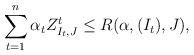
LaTeX: \begin{align*}\sum_{t=1}^n \alpha_t Z_{I_t,J}^t \leq R(\alpha, (I_t), J ), \end{align*}